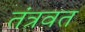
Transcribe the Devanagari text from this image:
तंत्रवत